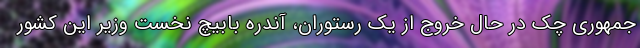
جمهوری چک در حال خروج از یک رستوران، آندره بابیچ نخست وزیر این کشور